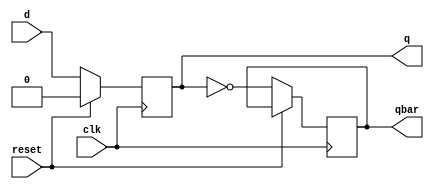
module dff_sync_reset(d,clk,q,qbar,reset);

	output reg q,qbar;
	input clk,reset;
	input d;

	always @(posedge clk)
	begin
		if(reset)
			q <= 0;
		else 
		 begin
			q <= d;
			qbar <= ~q;
	   end
	   end

endmodule

module dff_sync_reset_tb();

	reg d,clk,reset;
	wire q,qbar;

	dff_sync_reset tb(d,clk,q,qbar,reset);

	always #10 clk = ~clk;

	initial
	begin
		clk = 0;
		reset = 1;
		#10 reset = 0;
	end

	initial
	begin
		#20 d = 1;
		#20 d = 0;
	end

endmodule